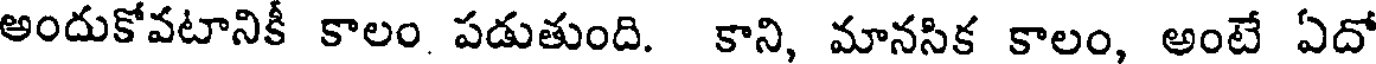
అందుకోవటానికీ కాలం పడుతుంది. కాని, మానసిక కాలం, అంటే ఏదో